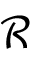
\mathcal { R }